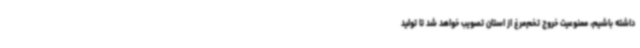
داشته باشیم، ممنوعیت خروج تخم‌مرغ از استان تصویب خواهد شد تا تولید